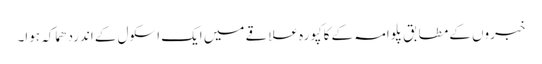
خبروں کے مطابق پلوامہ کے کاکپورہ علاقے میں ایک اسکول کے اندردھماکہ ہوا۔